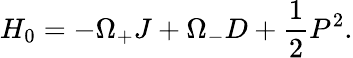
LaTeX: H_{0}=-\Omega_{+}J+\Omega_{-}D+\frac{1}{2}P^{2}.